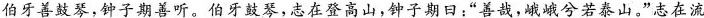
伯牙善鼓琴，钟子期善听。伯牙鼓琴，志在登高山，钟子期日：”善哉，峨峨兮若泰山。”志在流